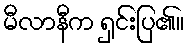
မီလာနီက ရှင်းပြ၏။